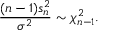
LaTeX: { \frac { ( n - 1 ) s _ { n } ^ { 2 } } { \sigma ^ { 2 } } } \sim \chi _ { n - 1 } ^ { 2 } .